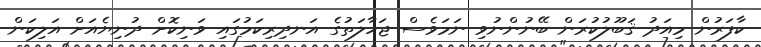
ކާފަރުން މިއަދު ޤަބޫލުކުރަން ބޭނުންނުވި ނަމަވެސް ޖަހާލަތުގެ އަނދިރިކަމުގައި ވަނިކޮށް ދުނިޔެއަށް އަލިކަން